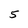
Character: 5